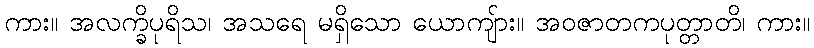
ကား။ အလက္ခိပုရိသ၊ အသရေ မရှိသော ယောကျ်ား။ အဝဇာတကပုတ္တာတိ၊ ကား။